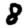
Digit: 8